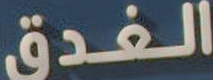
الغدق